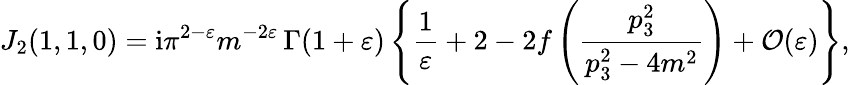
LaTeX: J_{2}(1,1,0)=\mathrm{i}\pi^{2-\varepsilon}m^{-2\varepsilon}\, \Gamma(1+\varepsilon)\left\{ \frac{1}{\varepsilon}+2-2f\left(\frac{p_{3}^{2}}{p_{3}^{2}-4m^{2}}\right)+{\cal O}(\varepsilon)\right\} ,